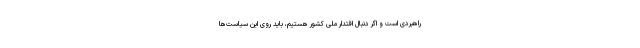
راهبردی است و اگر دنبال اقتدار ملی کشور هستیم، باید روی این سیاست‌ها